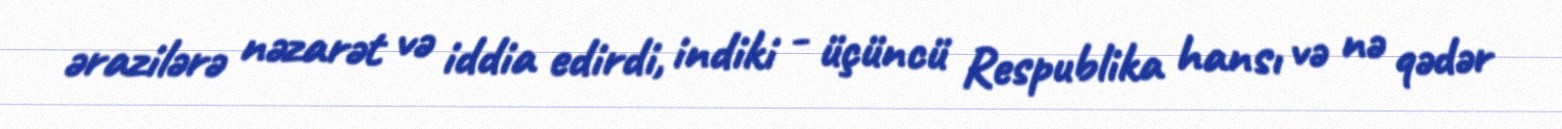
ərazilərə nəzarət və iddia edirdi, indiki - üçüncü Respublika hansı və nə qədər